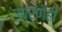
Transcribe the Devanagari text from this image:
उपरणेही